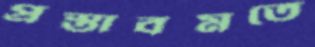
প্রস্তাবমতে